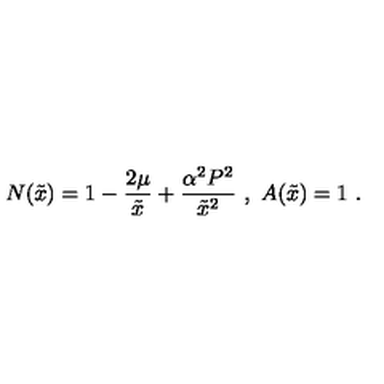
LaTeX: N ( \tilde { x } ) = 1 - \frac { 2 \mu } { \tilde { x } } + \frac { \alpha ^ { 2 } P ^ { 2 } } { \tilde { x } ^ { 2 } } \ , \ A ( \tilde { x } ) = 1 \ .